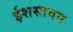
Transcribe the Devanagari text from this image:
ईशस्तवन